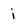
Character: i